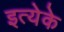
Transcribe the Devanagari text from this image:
इत्येके